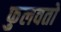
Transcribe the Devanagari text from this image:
फुलवतो